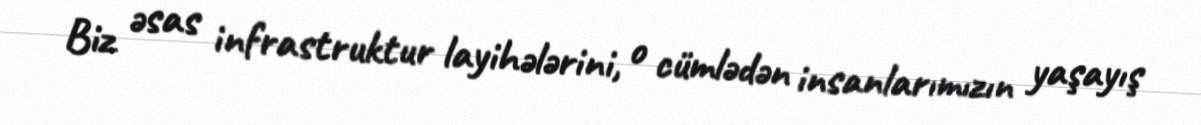
Biz əsas infrastruktur layihələrini, o cümlədən insanlarımızın yaşayış